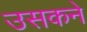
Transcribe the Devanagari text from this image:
उसकने